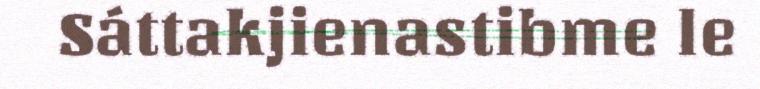
Sáttakjienastibme le